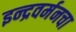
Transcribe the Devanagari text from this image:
इन्द्रवर्मनचा